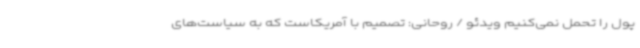
پول را تحمل نمی‌کنیم ویدئو / روحانی: تصمیم با آمریکاست که به سیاست‌های